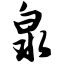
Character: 泉